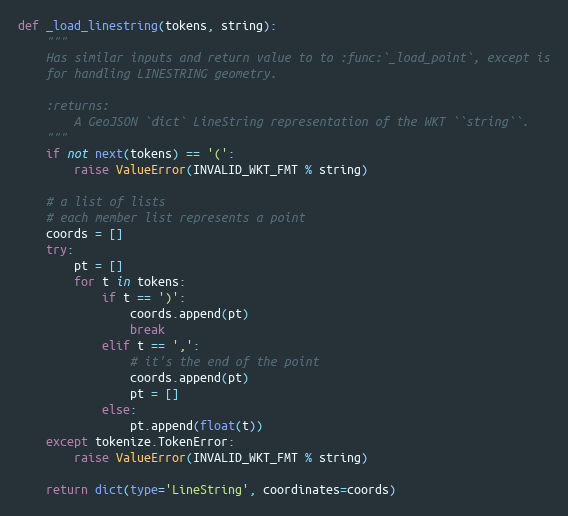
Language: Python
def _load_linestring(tokens, string):
    """
    Has similar inputs and return value to to :func:`_load_point`, except is
    for handling LINESTRING geometry.

    :returns:
        A GeoJSON `dict` LineString representation of the WKT ``string``.
    """
    if not next(tokens) == '(':
        raise ValueError(INVALID_WKT_FMT % string)

    # a list of lists
    # each member list represents a point
    coords = []
    try:
        pt = []
        for t in tokens:
            if t == ')':
                coords.append(pt)
                break
            elif t == ',':
                # it's the end of the point
                coords.append(pt)
                pt = []
            else:
                pt.append(float(t))
    except tokenize.TokenError:
        raise ValueError(INVALID_WKT_FMT % string)

    return dict(type='LineString', coordinates=coords)